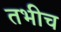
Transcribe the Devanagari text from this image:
तभीच